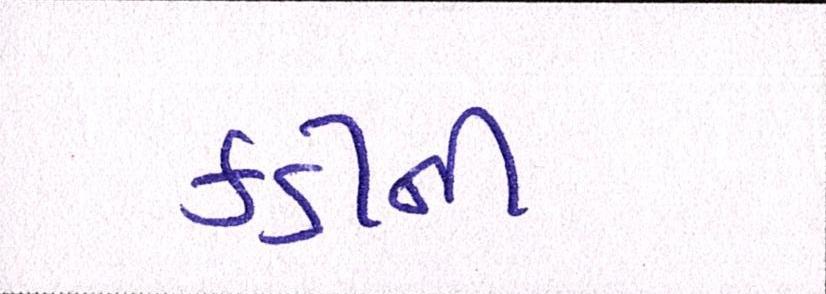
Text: કડીની